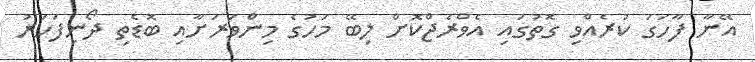
އޭނާ ފާހަގަ ކުރެއްވި ގޮތުގައި އެވްރެޖްކޮށް ލިބޭ މަހުގެ މިންވަރަށާއި ބޮޑެތި ދޯނިފަހަރު